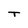
Character: T